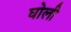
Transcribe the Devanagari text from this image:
घोली